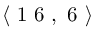
\langle \mathrm { ~ 1 ~ 6 ~ } , \mathrm { ~ 6 ~ } \rangle